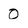
Character: 0